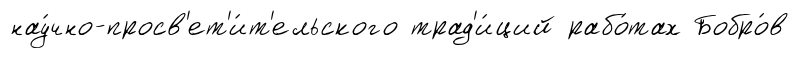
нау́чно-просв'ет'и́т'ельского трад'и́ций рабо́тах Бобро́в